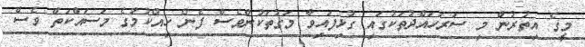
މީގެ އިތުރުން މި ސަރަހައްދުތަކުގައި ގުޅިފައިވާ މަގުތަކުންވެސް ފެން ހިއްކުމުގެ މަސައްކަތް ވެސް